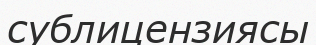
сублицензиясы